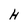
Character: H